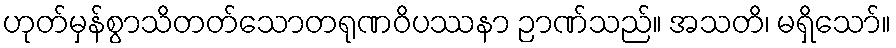
ဟုတ်မှန်စွာသိတတ်သောတရုဏဝိပဿနာ ဉာဏ်သည်။ အသတိ၊ မရှိသော်။